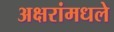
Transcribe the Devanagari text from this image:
अक्षरांमधले